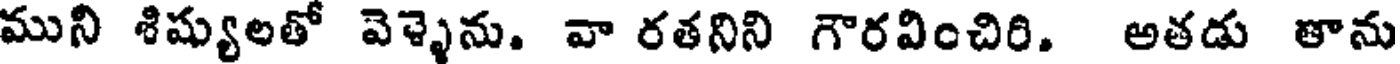
ముని శిష్యులతో వెళ్ళెను. వా రతనిని గౌరవించిరి. అతడు తాను